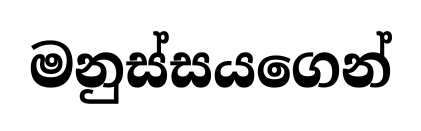
මනුස්සයගෙන්